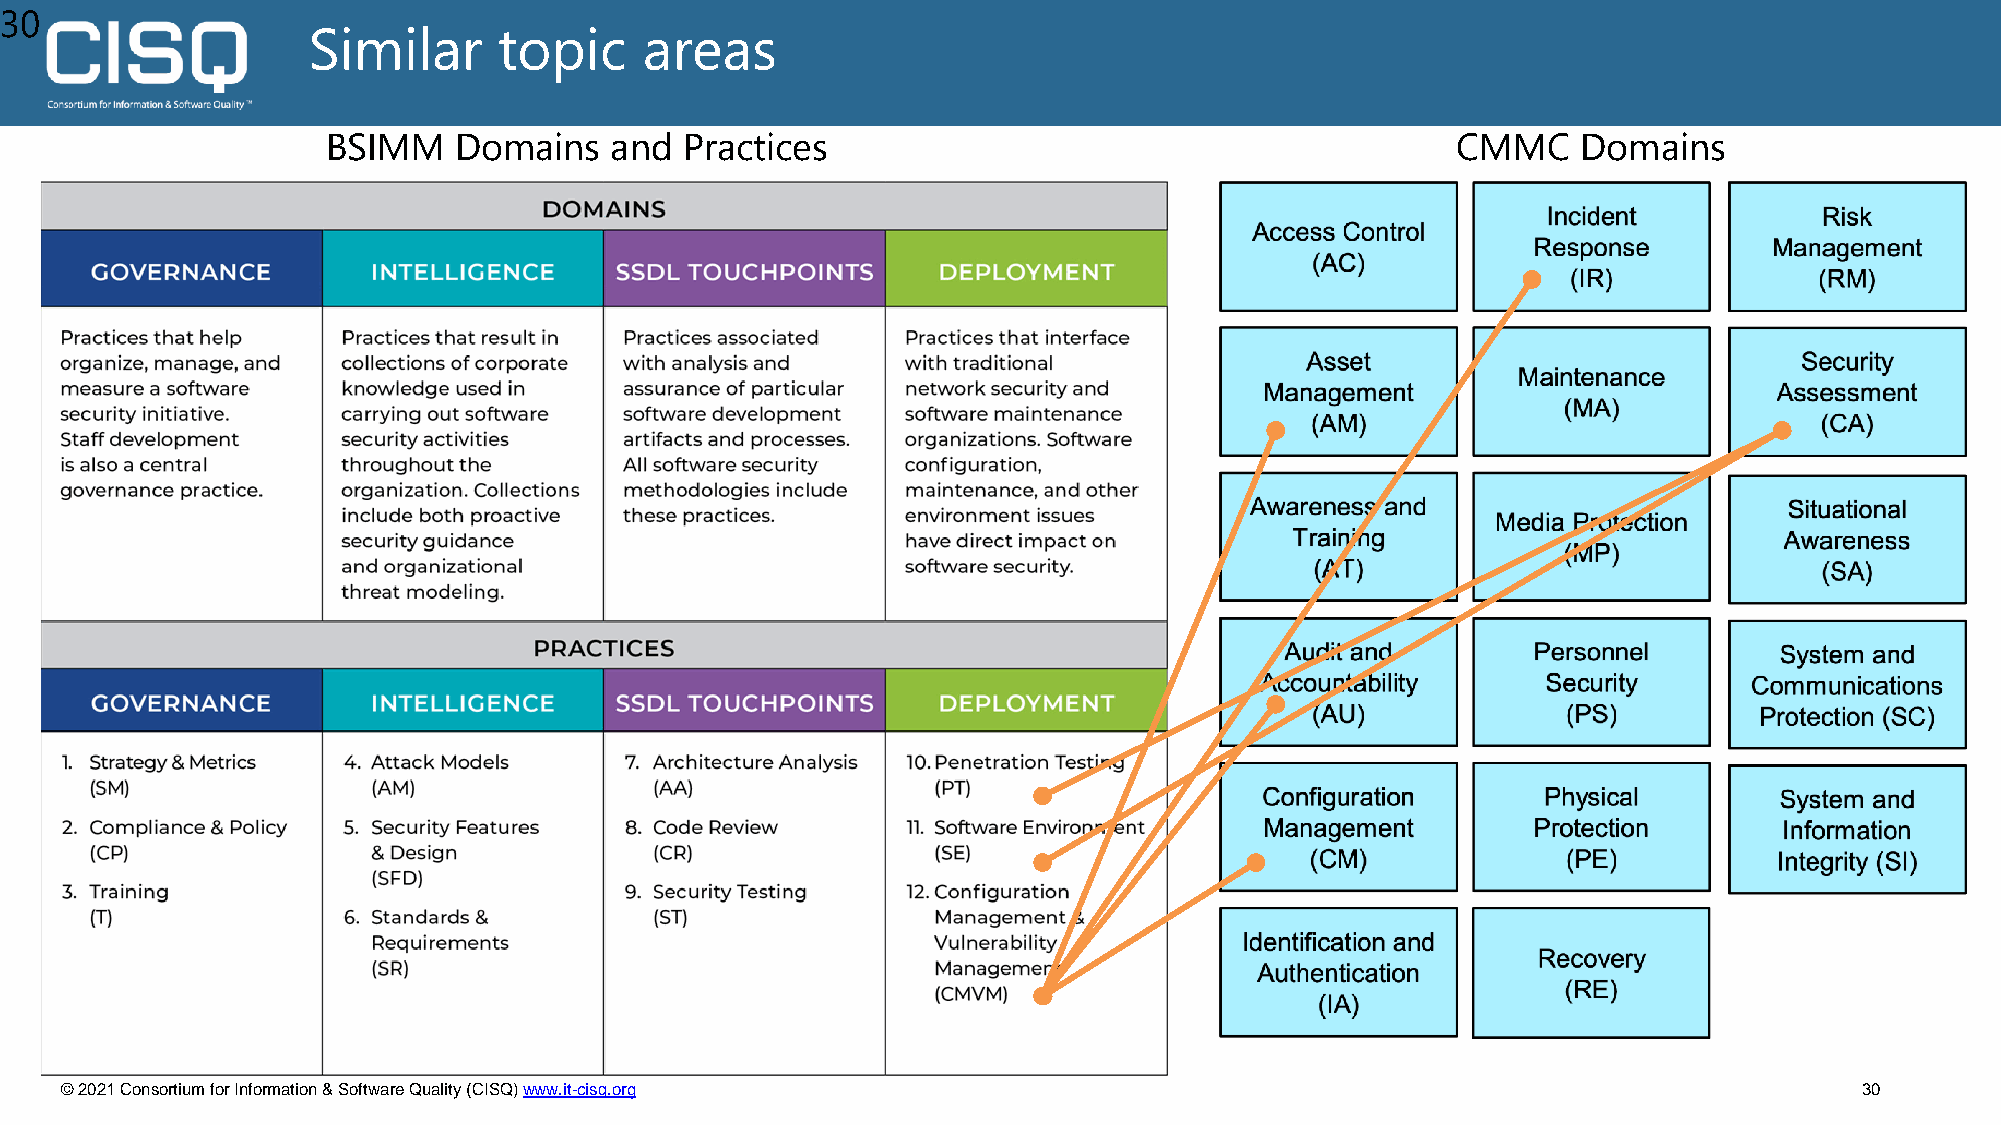
30
 Similar      topic     areas
 BSIMM   Domains   and  Practices                                          CMMC     Domains
 © 2021 Consortium for Information & Software Quality (CISQ) www.it-cisq.org                                            30